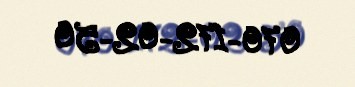
070-172-02-50